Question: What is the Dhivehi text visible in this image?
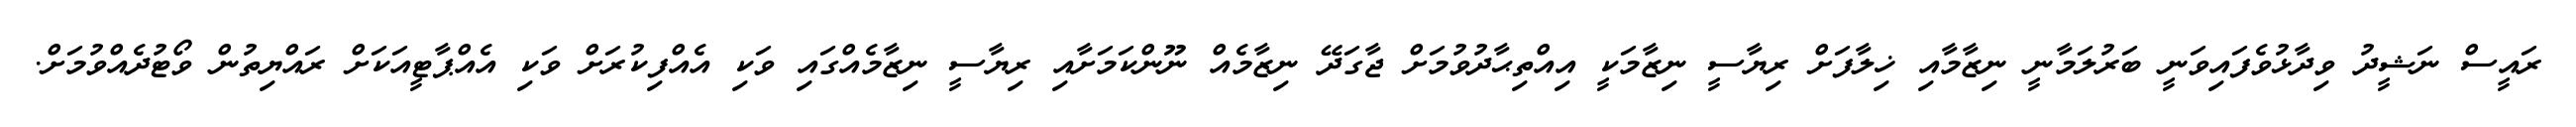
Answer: ރައީސް ނަޝީދު ވިދާޅުވެފައިވަނީ ބަރުލަމާނީ ނިޒާމާއި ޚިލާފަށް ރިޔާސީ ނިޒާމަކީ އިއްތިޙާދުވުމަށް ޖާގަދޭ ނިޒާމެއް ނޫންކަމަށާއި ރިޔާސީ ނިޒާމެއްގައި ވަކި އެއްފިކުރަށް ވަކި އެއްޕާޓީއަކަށް ރައްޔިތުން ވޯޓުދެއްވުމަށް.